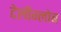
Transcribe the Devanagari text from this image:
टेलीग्लोब